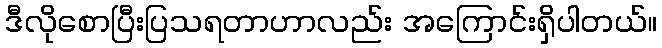
ဒီလိုစောပြီးပြသရတာဟာလည်း အကြောင်းရှိပါတယ်။